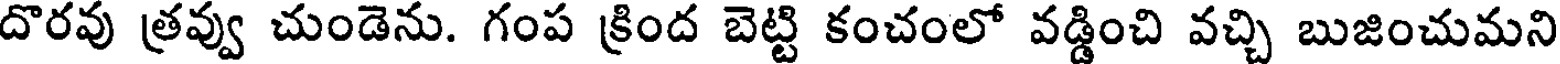
దొరవు త్రవ్వు చుండెను. గంప క్రింద బెట్టి కంచంలో వడ్డించి వచ్చి బుజించుమని